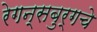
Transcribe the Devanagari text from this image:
रेगन्सबुर्गचे